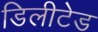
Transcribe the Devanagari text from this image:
डिलीटेड